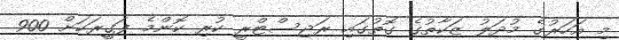
މި އަހަރުގެ މުދަލު ޒަކާތުގެ ގޮތުގައި ރަޖިސްޓްރީ ކުރި ކޮންމެ ފަގީރަކަށް 900